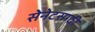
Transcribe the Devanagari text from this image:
सेनेटसाठी